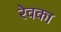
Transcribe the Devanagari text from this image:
रेवका